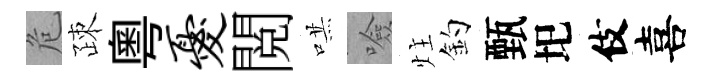
危疎粵忧閲哄噞炷釣甄圯伎喜